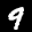
Label: 9